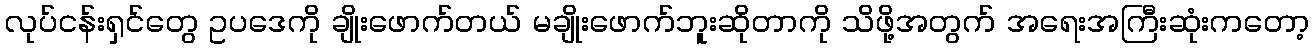
လုပ်ငန်းရှင်တွေ ဥပဒေကို ချိုးဖောက်တယ် မချိုးဖောက်ဘူးဆိုတာကို သိဖို့အတွက် အရေးအကြီးဆုံးကတော့